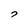
Character: 7